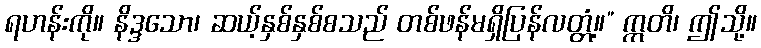
ရဟန်းကို။ နိဒ္ဒသော၊ ဆယ့်နှစ်နှစ်စသည် တစ်ဖန်မရှိပြန်လတ္တံ့။” ဣတိ၊ ဤသို့။